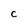
Character: c